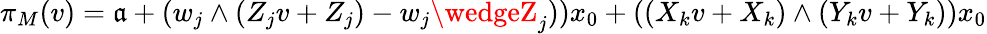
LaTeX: \pi_{M}(v)=\mathfrak{a}+(w_{j}\wedge(Z_{j}v+Z_{j})-w_{j}\wedgeZ_{j}))x_{0}+((X_{k}v+X_{k})\wedge(Y_{k}v+Y_{k}))x_{0}